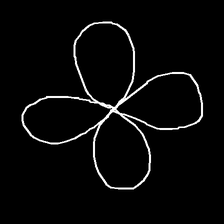
Glyph: billowing